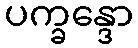
ပက္ခန္ဒော